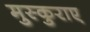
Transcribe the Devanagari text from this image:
मुस्कुराए